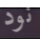
نود